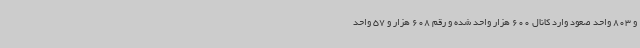
و 803 واحد صعود وارد کانال 600 هزار واحد شده و رقم 608 هزار و 57 واحد